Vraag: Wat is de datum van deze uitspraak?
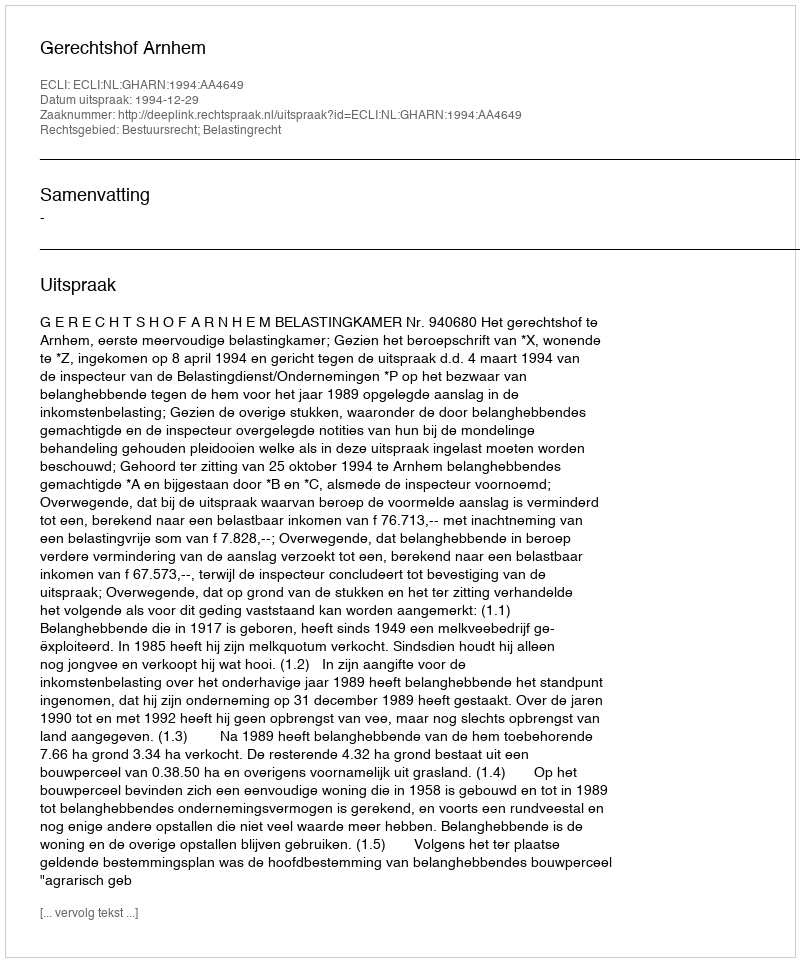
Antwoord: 1994-12-29